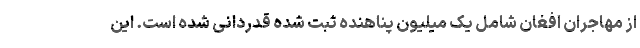
از مهاجران افغان شامل یک میلیون پناهنده ثبت شده قدردانی شده است. این